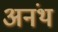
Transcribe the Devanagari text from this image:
अनंथ